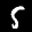
Label: 5